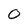
Character: O